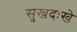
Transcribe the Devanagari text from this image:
सुखदःखे